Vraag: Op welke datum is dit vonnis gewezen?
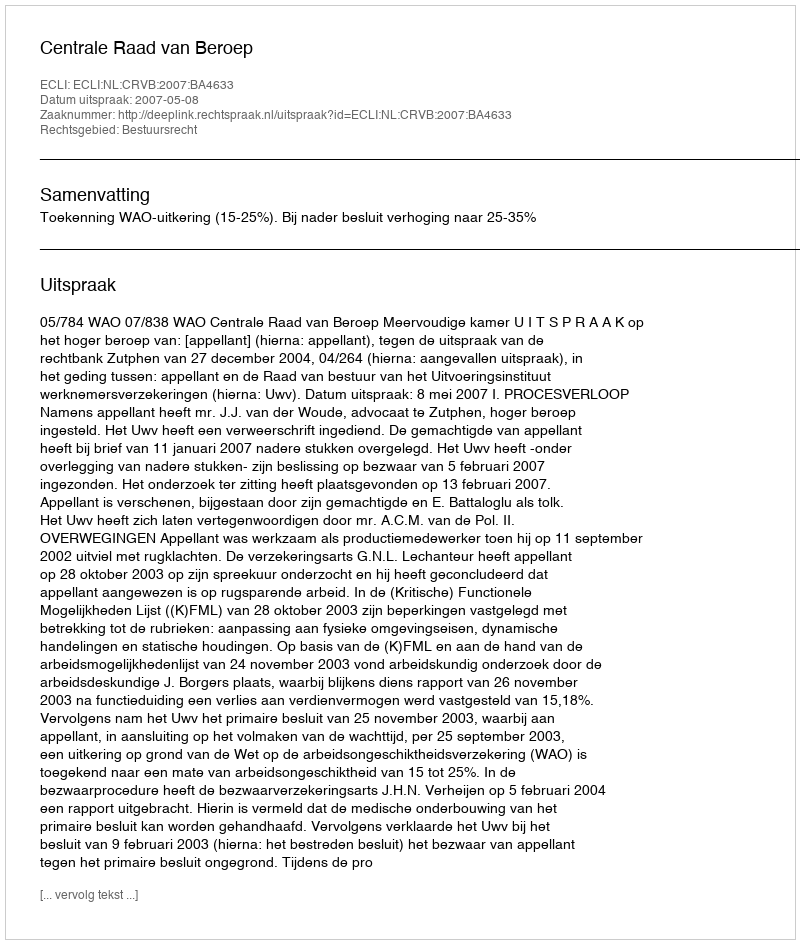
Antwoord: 2007-05-08